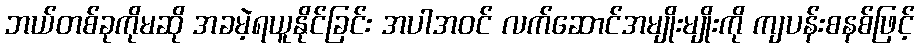
ဘယ်တစ်ခုကိုမဆို အခမဲ့ရယူနိုင်ခြင်း အပါအဝင် လက်ဆောင်အမျိုးမျိုးကို ကျပန်းစနစ်ဖြင့်